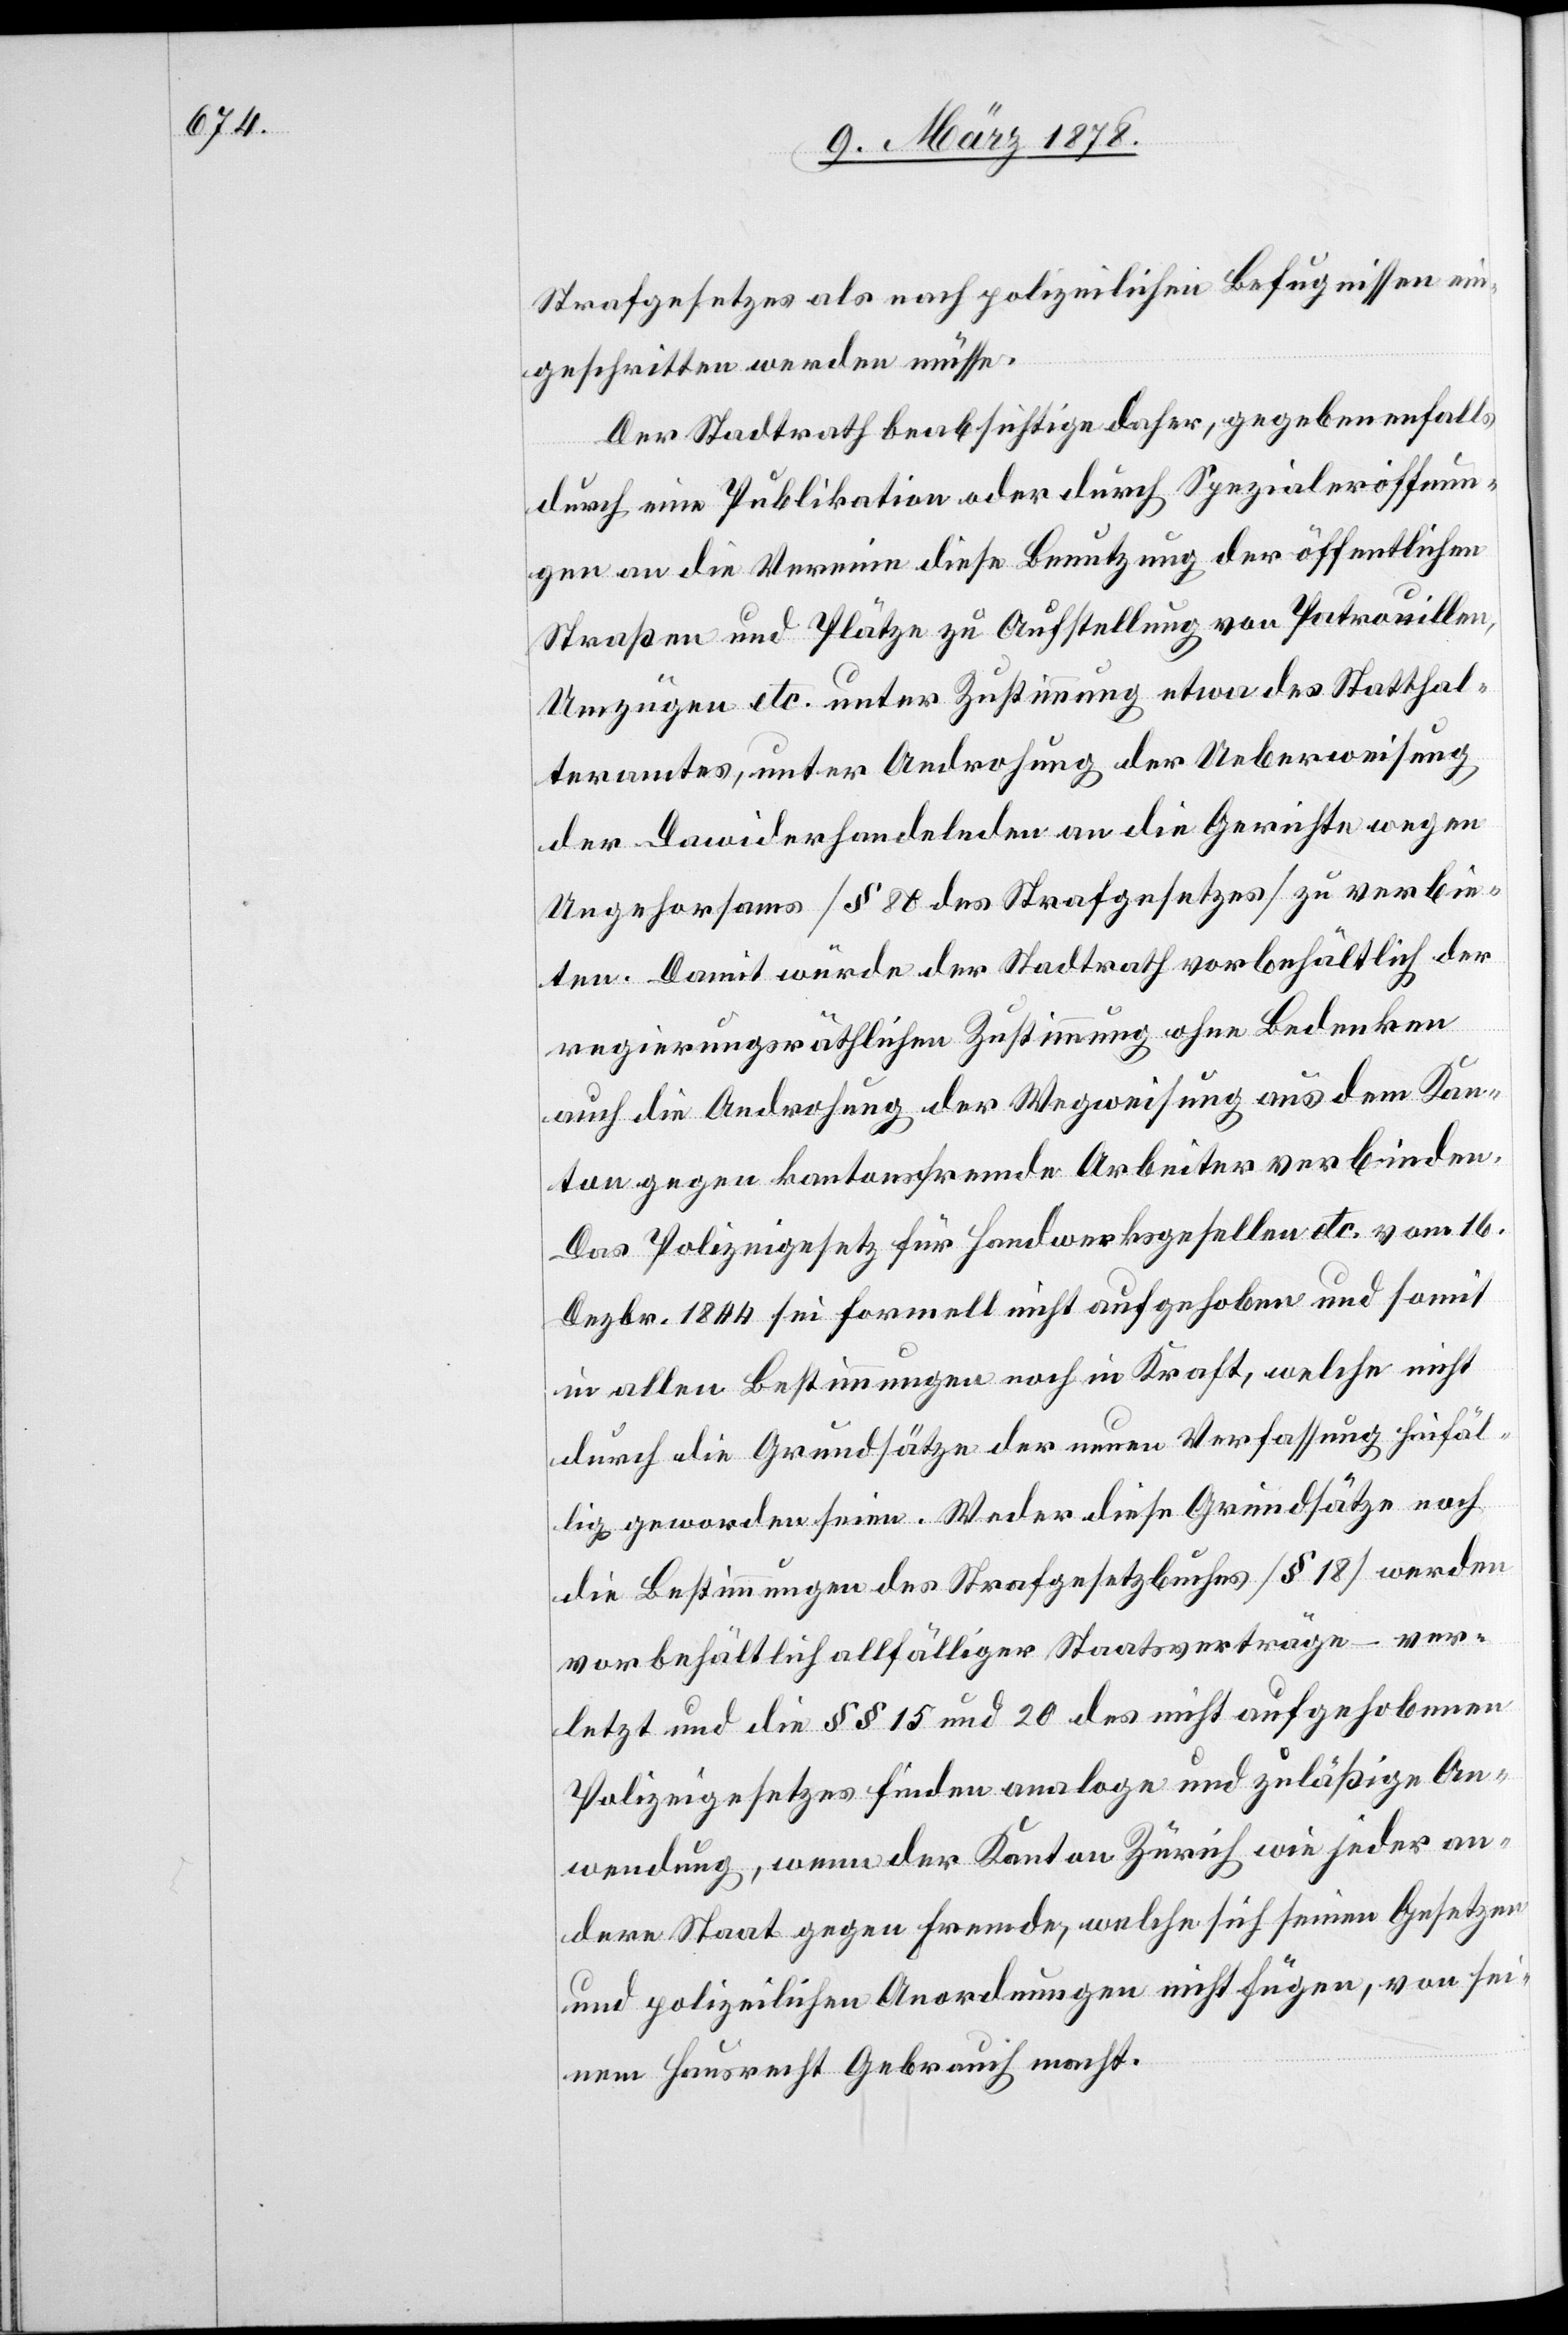
Strafgesetzes als nach polizeilichen Befugnissen ein¬
geschritten werden müsse.
Der Stadtrath beabsichtige daher, gegebenenfalls
durch eine Publikation oder durch Spezialeröffnun¬
gen an die Vereine diese Benutzung der öffentlichen
Straßen und Plätze zu Aufstellung von Patrouillen,
Umzügen etc. unter Zustimmung etwa des Statthal¬
teramtes, unter Androhung der Ueberweisung
der Dawiderhandelnden an die Gerichte wegen
Ungehorsams (§ 80 des Strafgesetzes) zu verbie¬
ten. Damit würde der Stadtrath vorbehältlich der
regierungsräthlichen Zustimmung ohne Bedenken
auch die Androhung der Wegweisung aus dem Kan¬
ton gegen kantonsfremde Arbeiter verbinden.
Das Polizeigesetz für Handwerksgesellen etc. vom 16.
Dezbr. 1844 sei formell nicht aufgehoben und somit
in allen Bestimmungen noch in Kraft, welche nicht
durch die Grundsätze der neuen Verfassung hinfäl¬
lig geworden seien. Weder diese Grundsätze noch
die Bestimmungen des Strafgesetzbuches (§ 18) werden
vorbehältlich allfälliger Staatsverträge – ver¬
letzt und die §§ 15 und 20 des nicht aufgehobenen
Polizeigesetzes finden analoge und zuläßige An¬
wendung, wenn der Kanton Zürich wie jeder an¬
dere Staat gegen Fremde, welche sich seinen Gesetzen
und polizeilichen Anordnungen nicht fügen, von sei¬
nem Hausrecht Gebrauch macht.